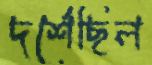
দর্শেছিল